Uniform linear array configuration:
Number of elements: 64
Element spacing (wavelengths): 0.75
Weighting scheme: blackman
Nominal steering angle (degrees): -45
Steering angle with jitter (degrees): -44.815
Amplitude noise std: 0.05
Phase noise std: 0.05

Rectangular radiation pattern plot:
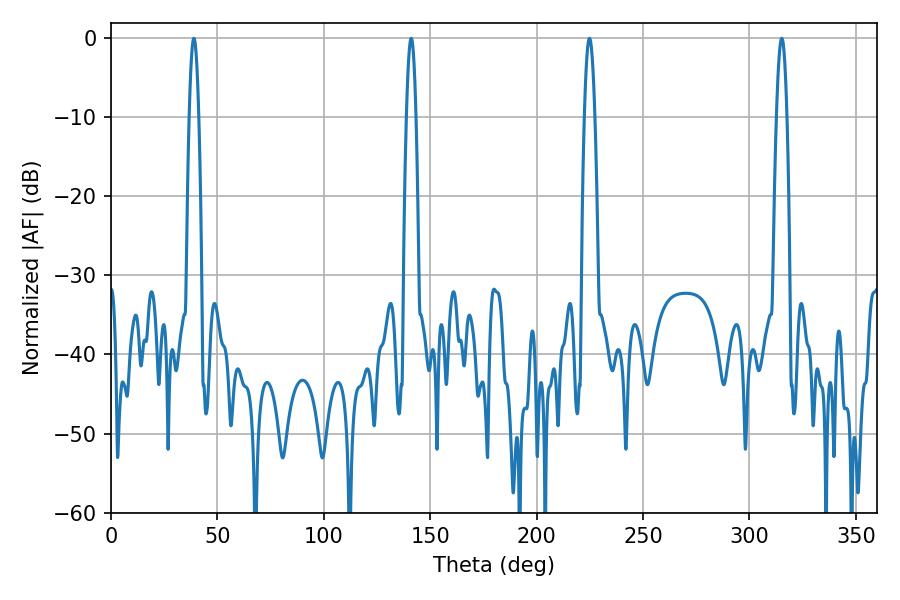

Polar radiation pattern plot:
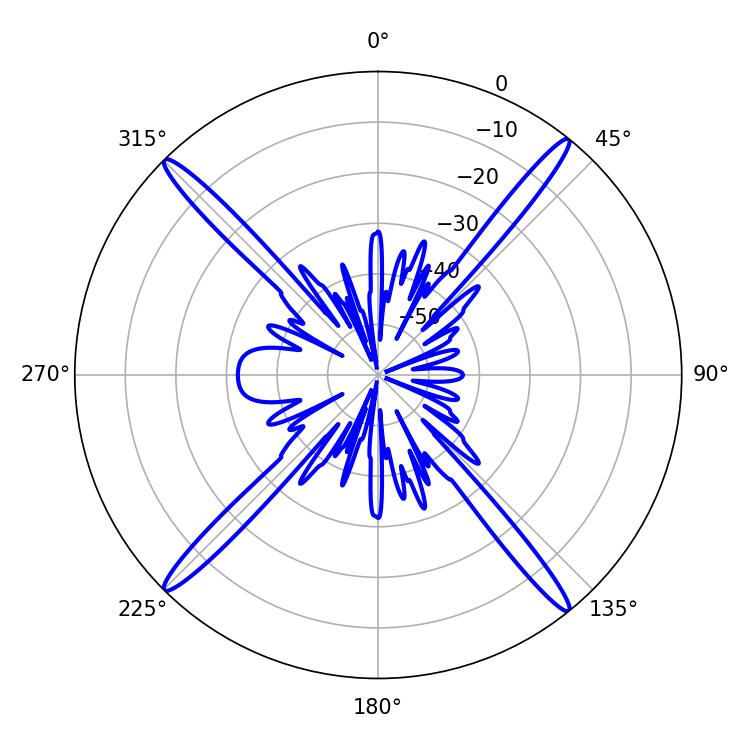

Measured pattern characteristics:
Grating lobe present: TRUE
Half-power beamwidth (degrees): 2.52
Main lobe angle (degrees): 224.82